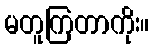
မတူကြတာကိုး။